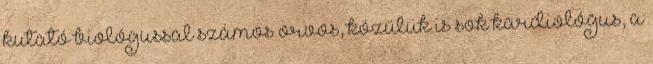
kutató biológussal számos orvos, közülük is sok kardiológus, a